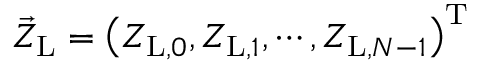
\vec { Z } _ { \mathrm { L } } = \left( Z _ { \mathrm { L } , 0 } , Z _ { \mathrm { L } , 1 } , \cdots , Z _ { \mathrm { L } , N - 1 } \right) ^ { \mathrm { T } }